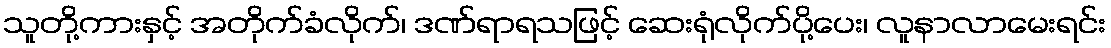
သူတို့ကားနှင့် အတိုက်ခံလိုက်၊ ဒဏ်ရာရသဖြင့် ဆေးရုံလိုက်ပို့ပေး၊ လူနာလာမေးရင်း